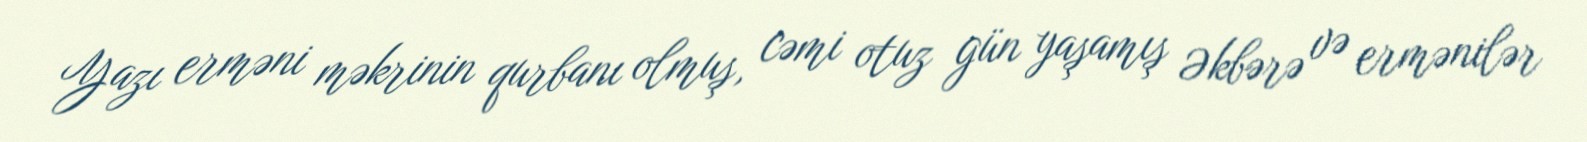
Yazı erməni məkrinin qurbanı olmuş, cəmi otuz gün yaşamış Əkbərə və ermənilər